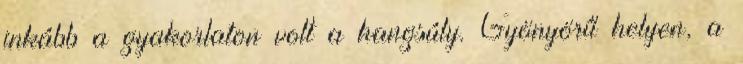
inkább a gyakorlaton volt a hangsúly. Gyönyörű helyen, a